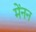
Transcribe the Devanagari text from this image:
मेंनन